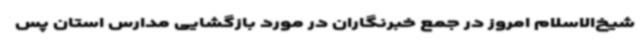
شیخ‌الاسلام امروز در جمع خبرنگاران در مورد بازگشایی مدارس استان پس